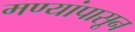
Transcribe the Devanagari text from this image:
मण्यांपासून